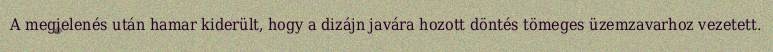
A megjelenés után hamar kiderült, hogy a dizájn javára hozott döntés tömeges üzemzavarhoz vezetett.